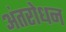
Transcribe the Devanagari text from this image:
अंतरोधन